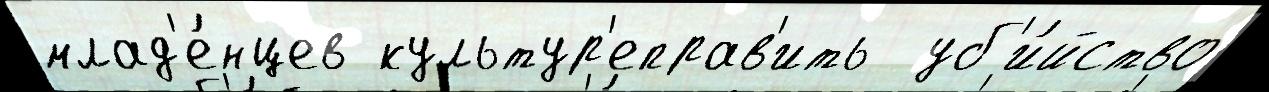
млад'е́нцев культур'еправ'ить  уб'и́йство